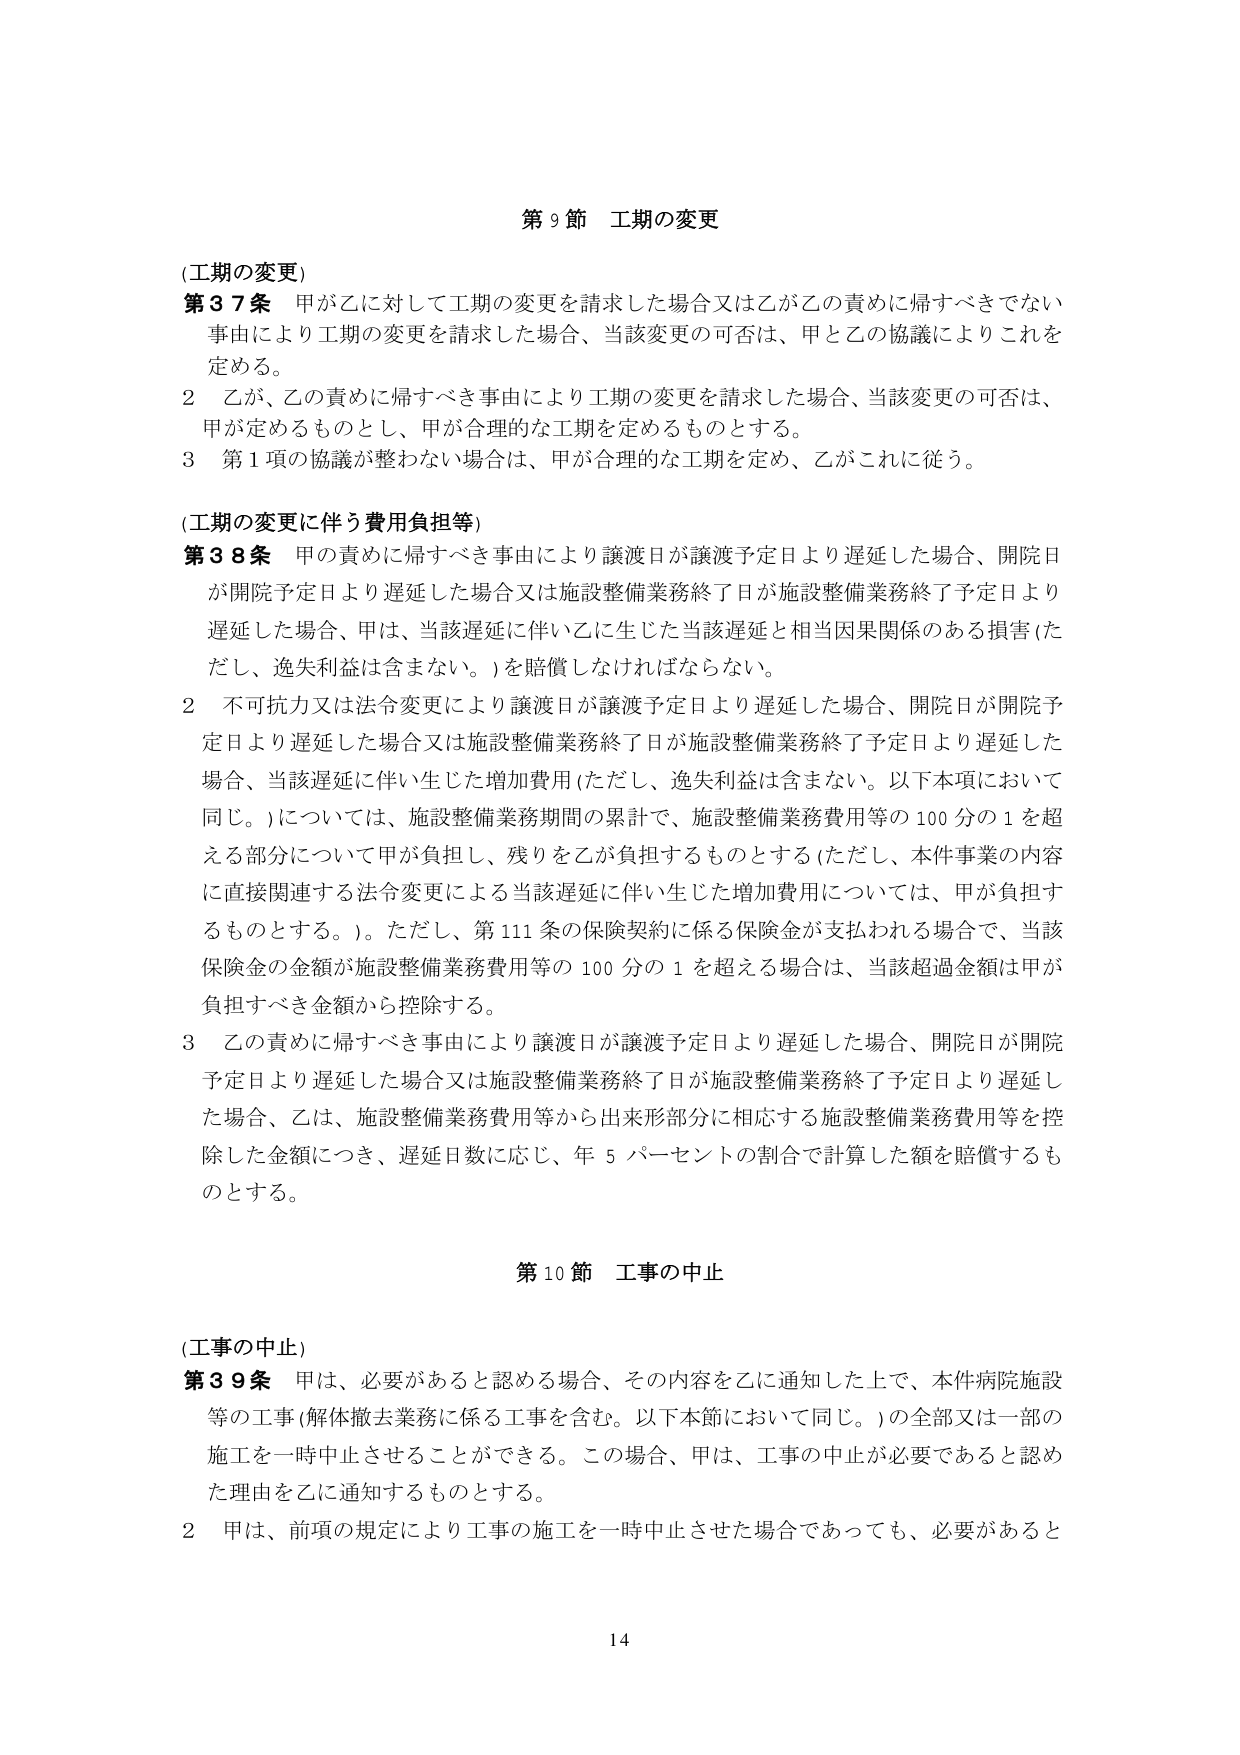
第９節 工期の変更

(工期の変更)
第37条 甲が乙に対して工期の変更を請求した場合又は乙が乙の責めに帰すべきでない事由により工期の変更を請求した場合、当該変更の可否は、甲と乙の協議によりこれを定める。
2 乙が、乙の責めに帰すべき事由により工期の変更を請求した場合、当該変更の可否は、甲が定めるものとし、甲が合理的な工期を定めるものとする。
3 第1項の協議が整わない場合は、甲が合理的な工期を定め、乙がこれに従う。

(工期の変更に伴う費用負担等)
第38条 甲の責めに帰すべき事由により譲渡日が譲渡予定日より遅延した場合、開院日が開院予定日より遅延した場合又は施設整備業務終了日が施設整備業務終了予定日より遅延した場合、甲は、当該遅延に伴い乙に生じた当該遅延と相当因果関係のある損害（ただし、逸失利益は含まない。）を賠償しなければならない。
2 不可抗力又は法令変更により譲渡日が譲渡予定日より遅延した場合、開院日が開院予定日より遅延した場合又は施設整備業務終了日が施設整備業務終了予定日より遅延した場合、当該遅延に伴い生じた増加費用（ただし、逸失利益は含まない。以下本項において同じ。）については、施設整備業務期間の累計で、施設整備業務費用等の100分の1を超える部分について甲が負担し、残りを乙が負担するものとする（ただし、本件事業の内容に直接関連する法令変更による当該遅延に伴い生じた増加費用については、甲が負担するものとする。）。ただし、第111条の保険契約に係る保険金が支払われる場合で、当該保険金の金額が施設整備業務費用等の100分の1を超える場合は、当該超過金額は甲が負担すべき金額から控除する。
3 乙の責めに帰すべき事由により譲渡日が譲渡予定日より遅延した場合、開院日が開院予定日より遅延した場合又は施設整備業務終了日が施設整備業務終了予定日より遅延した場合、乙は、施設整備業務費用等から出来形部分に相当する施設整備業務費用等を控除した金額につき、遅延日数に応じ、年5パーセントの割合で計算した額を賠償するものとする。

第10節 工事の中止

(工事の中止)
第39条 甲は、必要があると認める場合、その内容を乙に通知した上で、本件病院施設等の工事（解体撤去業務に係る工事を含む。以下本節において同じ。）の全部又は一部の施工を一時中止させることができる。この場合、甲は、工事の中止が必要であると認めた理由を乙に通知するものとする。
2 甲は、前項の規定により工事の施工を一時中止させた場合であっても、必要があると

14